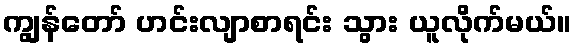
ကျွန်တော် ဟင်းလျာစာရင်း သွား ယူလိုက်မယ်။